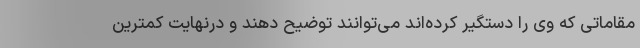
مقاماتی که وی را دستگیر کرده‌اند می‌توانند توضیح دهند و درنهایت کمترین